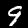
Digit: 9